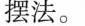
摆法。